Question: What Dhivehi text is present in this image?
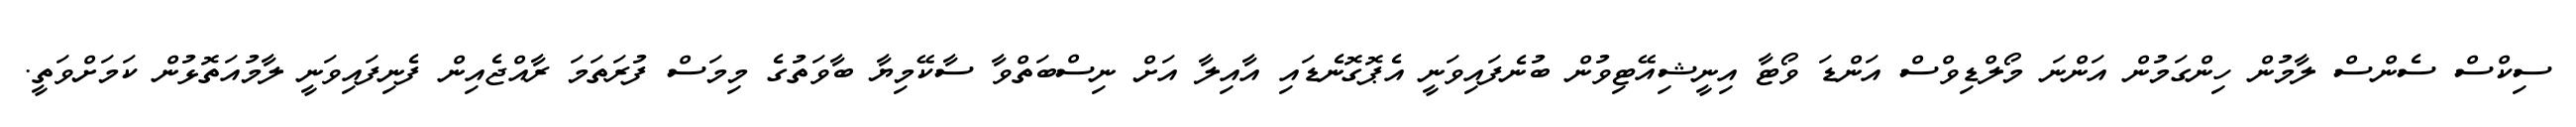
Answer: ސިކްސް ސެންސް ލާމުން ހިންގަމުން އަންނަ މޯލްޑިވްސް އަންޑަ ވޯޓާ އިނީޝިއޭޓިވުން ބުނެފައިވަނީ އެޕޮގޮނެޑައި އާއިލާ އަށް ނިސްބަތްވާ ސާކޭމިޔާ ބާވަތުގެ މިމަސް ފުރަތަމަ ރާއްޖެއިން ފެނިފައިވަނީ ލާމުއަތޮޅުން ކަމަށްވަތީ.